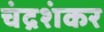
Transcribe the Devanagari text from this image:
चंद्रशंकर